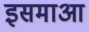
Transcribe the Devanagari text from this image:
इसमाआ